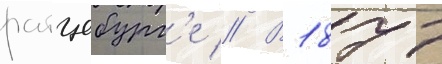
ратцебург'е // В 1877